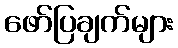
ဖော်ပြချက်များ